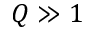
Q \gg 1